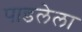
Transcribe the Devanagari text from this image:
पाडलेला